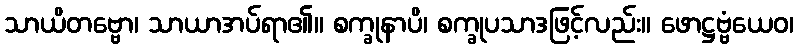
သာယိတဗ္ဗော၊ သာယာအပ်ရာ၏။ စက္ခုနာပိ၊ စက္ခုပသာဒဖြင့်လည်း။ ဖောဋ္ဌဗ္ဗံယေဝ၊